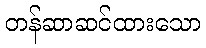
တန်ဆာဆင်ထားသော